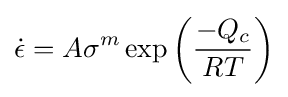
{\dot {\epsilon }}=A\sigma ^{m}\exp \left({\frac {-Q_{c}}{RT}}\right)